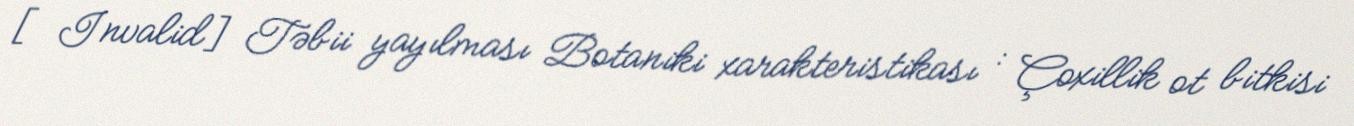
[Invalid] Təbii yayılması Botaniki xarakteristikası : Çoxillik ot bitkisi